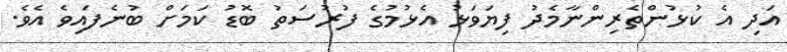
އަދި އެ ކުޅުންތެރިންނާމެދު ފިޔަވަޅު އެޅުމުގެ ފުރުސަތު ބޮޑު ކަމަށް ބުނެފައިވެ އެވެ.